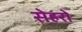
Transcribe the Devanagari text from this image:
सेहरो